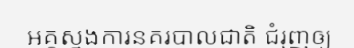
អគ្គស្នងការនគរបាលជាតិ ជំរុញឲ្យ